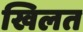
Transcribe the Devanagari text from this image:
खिलत